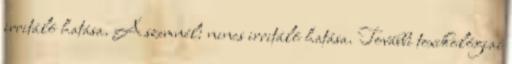
irritáló hatása. A szemnél: nincs irritáló hatása. További toxikológiai